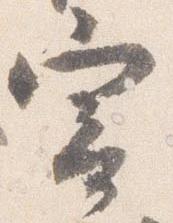
寄